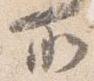
所